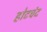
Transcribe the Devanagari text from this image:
होटचंद